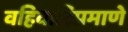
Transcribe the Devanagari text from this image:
वहिवाटिप्रमाणे